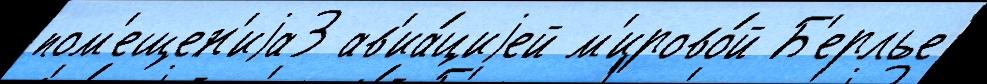
пом'ещен'иjа3 ав'иа́циjей м'ирово́й Б'ерлье